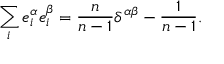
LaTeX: \sum _ { i } e _ { i } ^ { \alpha } e _ { i } ^ { \beta } = \frac { n } { n - 1 } \delta ^ { \alpha \beta } - \frac { 1 } { n - 1 } .